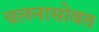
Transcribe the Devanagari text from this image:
चलनासोबत